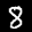
Label: 8